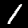
Label: 1